Report on vaccination in Madras 1922-1929 - 1922-1929
Year: 1922
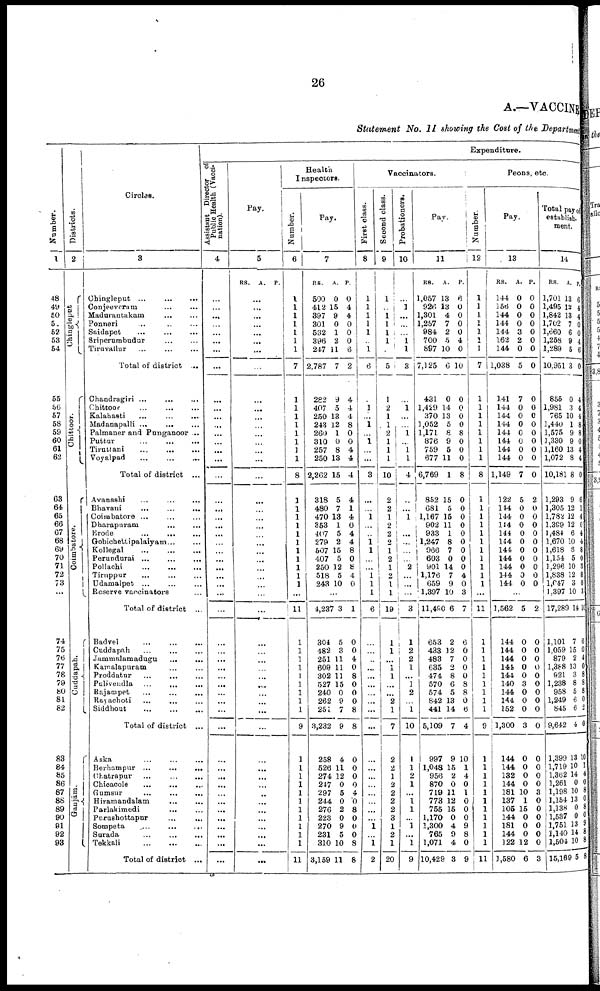
26
A.—VACCINE
Statement
No. II showing the Cost of the Department
Number.
1
48
49
50
51
52
53
54
55
56
57
58
59
60
61
62
63
64
65
66
67
68
69
70
71
72
73
...
74
75
76
77
78
79
80
81
82
83
84
85
86
87
88
89
90
91
92
93
Districts.
2
Chingleput
Chittoor.
Coimbatore.
Cuddapah.
Gunjām.
Circles.
3
Chingleput ...
...
...
Conjeeveram
...
...
Madurantakam
…
…
Ponneri … … …
Saidapet
...
…
…
Sriperumbudur … …
Tiruvallur … … …
Total of district ...
Chandragiri ...
…
…
Chittoor
...
…
…
Kalahasti … … …
Madanapalli ...
…
…
Palmaner and Punganoor ...
Puttur
…
…
…
Tiruttani
…
…
…
Voyalpad
…
…
…
Total of district ...
Avanashi
...
…
…
Bhavani
...
...
...
Coimbatore ... … …
Dharapuram
... …
Erode
...
…
…
Gobichettipalaiyam … …
Kollegal
...
…
…
Perundurai ...
…
…
Pollachi
...
…
…
Tiruppur … … …
Udamalpet ... … …
Reserve vaccinators …
Total of district ...
Badvel
...
…
…
Cuddapah
...
…
…
Jammalamadugu
...
...
Kamalapuram … …
Proddatur
...
... …
Pulivendla
...
...
...
Rajampet
...
...
...
Rayachoti … … …
Siddhout
...
…
…
Total of district ...
Aska
...
…
…
Berhampur ...
…
…
Chatrapur
...
…
…
Chicacole … … …
Gumsur
...
…
…
Hiramandalam
...
...
Parlakimedi
... …
Purushottapur … …
Sompeta
...
...
...
Surada
…
…
…
Tekkali
…
…
…
Total of district ...
Expenditure.
Assistant Director of
Public Health (Vacci
nation).
4
…
…
...
...
...
...
...
...
…
...
...
...
...
...
...
...
...
…
…
...
...
...
...
…
...
...
...
...
...
…
…
...
...
...
...
...
...
...
...
...
…
...
...
...
...
...
...
...
...
...
...
...
Pay.
5
RS.
A. P.
…
...
...
...
...
…
...
…
…
...
…
…
…
…
...
...
…
…
…
...
…
…
…
...
…
…
…
...
…
…
…
…
...
…
...
…
...
...
...
…
…
...
...
…
…
…
...
…
...
...
...
…
Health
Inspectors.
Number.
6
1
1
1
1
1
1
1
7
1
1
1
1
1
1
1
1
8
1
1
1
1
1
1
1
1
1
1
1
...
11
1
1
1
1
1
1
1
1
1
9
1
1
1
1
1
1
1
1
1
1
1
11
Pay.
7
RS.
500
412
397
301
532
396
247
2,787
282
407
250
243
260
310
257
250
2,262
318
480
470
353
407
279
507
407
250
518
243
A.
0
15
9
0
1
2
11
7
9
5
13
12
1
0
8
13
15
5
7
13
1
5
2
15
5
12
5
10
P.
0
4
4
0
0
0
6
2
4
4
4
8
0
0
4
4
4
4
1
4
0
4
4
8
0
8
4
0
…
4,237
304
482
251
609
302
527
240
262
251
3,232
258
526
274
247
297
244
276
223
270
231
310
3,159
3
5
3
11
11
11
15
0
9
7
9
4
11
12
0
5
0
2
0
9
5
10
11
1
0
0
4
0
8
0
0
0
8
8
0
0
0
0
4
0
8
0
0
0
8
8
Vaccinators.
First class.
8
1
1
1
1
1
…
1
6
…
1
...
1
…
1
…
...
3
…
…
1
…
…
1 1
…
...
1
1
1
6
…
…
…
…
…
…
…
...
...
...
…
...
…
…
…
…
…
…
1
…
1
2
Second class.
9
1
…
1
1
1
1
…
5
1
2
1
1
2
1
1
1
10
2
2
1
2
2
2
1
2
1
2
1
1
19
1
1
...
1
1
…
…
2
1
7
2
2
1
2
2
2
2
3
1
2
1
20
Probationers.
10
…
1
…
…
…
1
1
3
…
1
…
…
1
...
1
1
4
...
...
1
…
...
…
…
…
2
…
...
…
3
1
2
2
1
...
1
2
…
1
10
1
1
2
1
…
1
1
...
1
...
1
9
Pay.
11
RS.
1,057
926
1,301
1,257
984
700
897
7,125
431
1,429
370
1,052
1,171
876
759
677
6,769
852
681
1,167
902
933
1,247
966
603
901
1,176
659
1,397
11,490
653
433
483
635
474
570
574
842
441
5,109
997
1,048
956
870
719
773
755
1,170
1,300
765
1,071
10,429
A.
13
13
4
7
2
5
10
6
0
14
13
5
8
9
5
11
1
15
5
15
11
1
8
7
0
14
7
9
10
6
2
12
7
2
8
6
5
13
14
7
9
15
2
0
11
12
15
0
4
9
4
3
P.
6
0
0
0
0
4
0
10
0
0
0
0
8
0
0
0
8
0
0
0
0
0
0
0
0
0
4
0
3
7
6
0
0
0
0
8
8
0
6
4
10
1
4
0
1
0
0
0
9
8
0
9
Peons, etc.
Number.
12
1
1
1
1
1
1
1
7
1
1
1
1
1
1
1
1
8
1
1
1
1
1
1
1
1
1
1
1
...
11
1
1
1
1
1
1
1
1
1
9
1
1
1
1
1
1
1
1
1
1
1
11
Pay.
13
RS.
144
156
144
144
144
162
144
1,038
141
144
144
144
144
144
144
144
1,149
122
144
144
144
144
144
144
144
144
144
144
A.
0
0
0
0
3
2
0
5
7
0
0
0
0
0
0
0
7
5
0
0
0
0
0
0
0
0
0
0
P.
0
0
0
0
0
0
0
0
0
0
0
0
0
0
0
0
0
2
0
0
0
0
0
0
0
0
0
0
...
1,562
144
144
144
144
144
140
144
144
152
1,300
144
144
132
144
181
137
105
144
181
144
122
1,580
5
0
0
0
0
0
3
0
0
0
3
0
0
0
0
10
1
15
0
0
0
12
6
2
0
0
0
0
0
0
0
0
0
0
0
0
0
0
3
0
0
0
0
0
0
3
Total pay of
establish¬
ment.
14
RS.
1,701
1,495
1,842
1,702
1,660
1,258
1,289
10,951
855
1,981
765
1,440
1,575
1,330
1,160
1,072
10,181
1,293
1,305
l,782
1,399
1,484
1,670
1,618
1,154
1,296
1,838
1,047
1,397
17,289
1,101
1,059
879
1,388
921
1,238
958
1,249
845
9,642
1,399
1,719
1,362
1,261
1,198
1,154
1,138
1,537
1,751
1,140
1,504
115,169
A.
13
12
13
7
6
9
5
3
0
3
10
1
9
9
13
8
8
9
12
12
12
6
10
6 5
10
12
3
10
14
7
15
2
13
3
8
5
6
6
4
13
10
14
0
10
13
0
0
13
14
10
5
P.
6
4
4
0
0
4
6
0
4
4
4
8
8
0
4
4
0
6
1
4
0
4
4
8
0
3
8
0
3
10
6
0 4
0
8
8
8
0
2
0
10
1
4
0
8
0
8
0
9
8
8
8